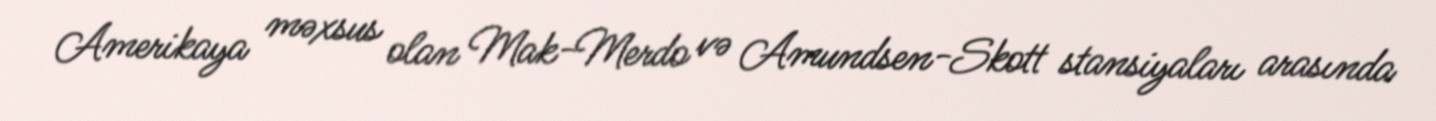
Amerikaya məxsus olan Mak-Merdo və Amundsen-Skott stansiyaları arasında